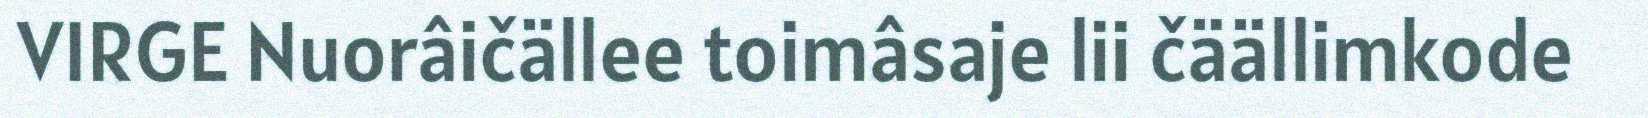
VIRGE Nuorâičällee toimâsaje lii čäällimkode